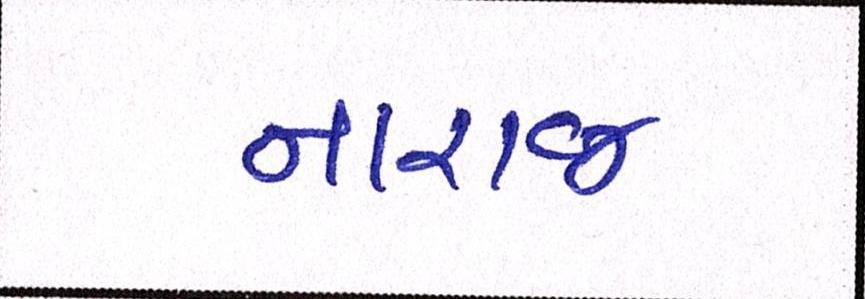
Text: નારાજ